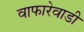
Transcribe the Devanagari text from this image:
वाफारेवाडी